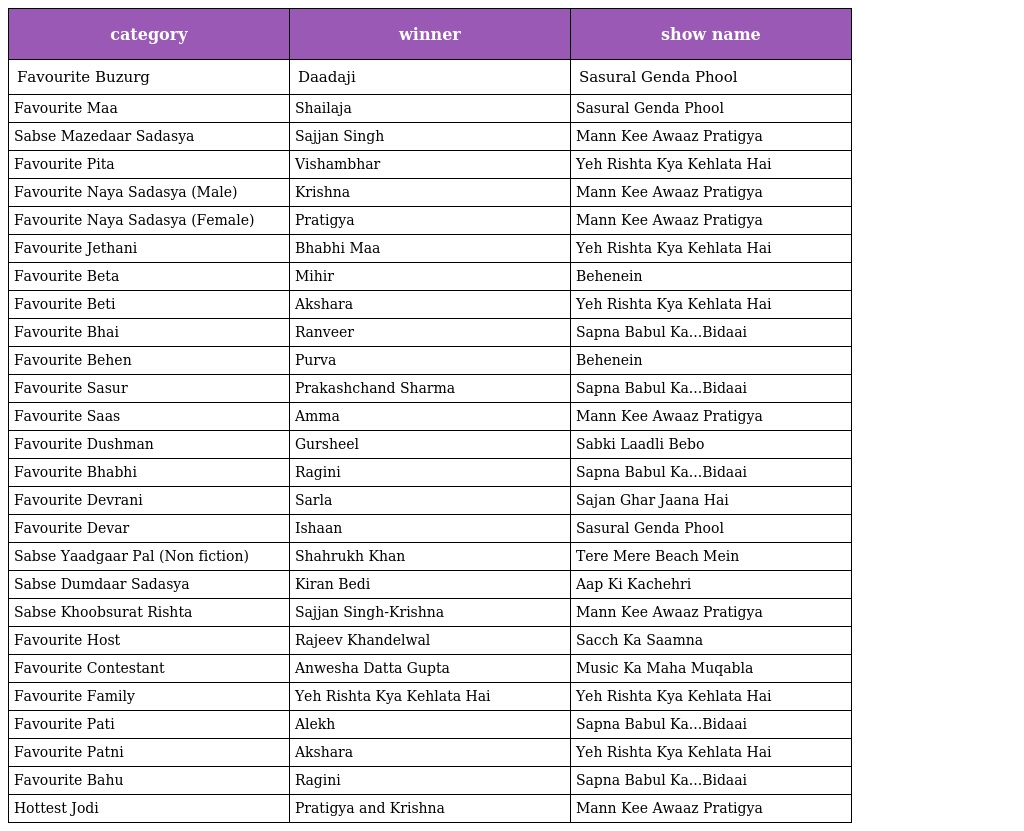
| category | winner | show name |
 | --- | --- | --- |
 | Favourite Buzurg | Daadaji | Sasural Genda Phool |
 | Favourite Maa | Shailaja | Sasural Genda Phool |
 | Sabse Mazedaar Sadasya | Sajjan Singh | Mann Kee Awaaz Pratigya |
 | Favourite Pita | Vishambhar | Yeh Rishta Kya Kehlata Hai |
 | Favourite Naya Sadasya (Male) | Krishna | Mann Kee Awaaz Pratigya |
 | Favourite Naya Sadasya (Female) | Pratigya | Mann Kee Awaaz Pratigya |
 | Favourite Jethani | Bhabhi Maa | Yeh Rishta Kya Kehlata Hai |
 | Favourite Beta | Mihir | Behenein |
 | Favourite Beti | Akshara | Yeh Rishta Kya Kehlata Hai |
 | Favourite Bhai | Ranveer | Sapna Babul Ka...Bidaai |
 | Favourite Behen | Purva | Behenein |
 | Favourite Sasur | Prakashchand Sharma | Sapna Babul Ka...Bidaai |
 | Favourite Saas | Amma | Mann Kee Awaaz Pratigya |
 | Favourite Dushman | Gursheel | Sabki Laadli Bebo |
 | Favourite Bhabhi | Ragini | Sapna Babul Ka...Bidaai |
 | Favourite Devrani | Sarla | Sajan Ghar Jaana Hai |
 | Favourite Devar | Ishaan | Sasural Genda Phool |
 | Sabse Yaadgaar Pal (Non fiction) | Shahrukh Khan | Tere Mere Beach Mein |
 | Sabse Dumdaar Sadasya | Kiran Bedi | Aap Ki Kachehri |
 | Sabse Khoobsurat Rishta | Sajjan Singh-Krishna | Mann Kee Awaaz Pratigya |
 | Favourite Host | Rajeev Khandelwal | Sacch Ka Saamna |
 | Favourite Contestant | Anwesha Datta Gupta | Music Ka Maha Muqabla |
 | Favourite Family | Yeh Rishta Kya Kehlata Hai | Yeh Rishta Kya Kehlata Hai |
 | Favourite Pati | Alekh | Sapna Babul Ka...Bidaai |
 | Favourite Patni | Akshara | Yeh Rishta Kya Kehlata Hai |
 | Favourite Bahu | Ragini | Sapna Babul Ka...Bidaai |
 | Hottest Jodi | Pratigya and Krishna | Mann Kee Awaaz Pratigya |